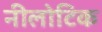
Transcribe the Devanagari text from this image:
नीलोटिक